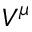
V ^ { \mu }